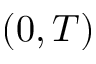
( 0 , T )